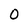
Character: 0